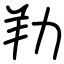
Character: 劷